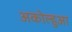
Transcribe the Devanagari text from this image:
अकोल्हुआ